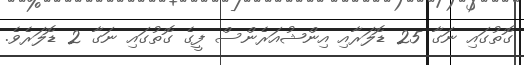
ގޮތުގައި ނަގާ 25 ޑޮލަރާއި އިންޝުއަރެންސް ފީގެ ގޮތުގައި ނަގާ 2 ޑޮލަރެވެ.